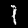
Label: 1